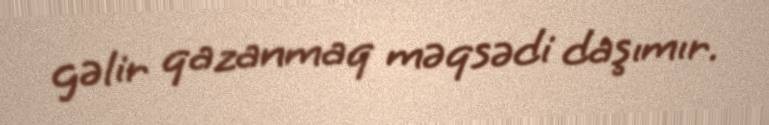
gəlir qazanmaq məqsədi daşımır.